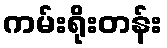
ကမ်းရိုးတန်း